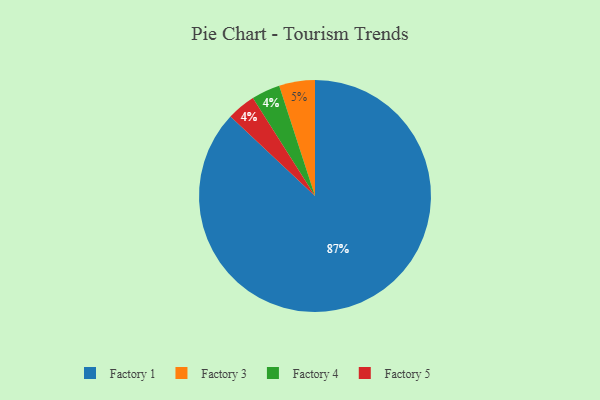
{"axis": {"x": "Category", "y": "Percentage"}, "legend": ["Factory 1", "Factory 3", "Factory 4", "Factory 5"], "data": [{"x": "Factory 4", "y": 4, "type": "Factory 4"}, {"x": "Factory 5", "y": 4, "type": "Factory 5"}, {"x": "Factory 1", "y": 87, "type": "Factory 1"}, {"x": "Factory 3", "y": 5, "type": "Factory 3"}]}